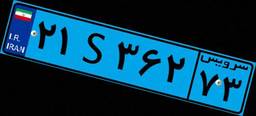
۲۱S۳۶۲۷۳